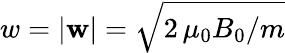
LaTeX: w=|{\mathbf w}|=\sqrt{2\, \mu_{0}B_{0}/m}